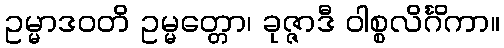
ဥမ္မာဒဝတိ ဥမ္မတ္တော၊ ခုဇ္ဇာဒီ ဝါစ္စလိင်္ဂိကာ။